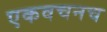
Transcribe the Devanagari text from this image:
एकवचनच